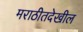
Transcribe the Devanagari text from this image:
मराठीतदेखील